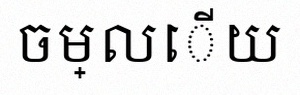
ចម្លើយ